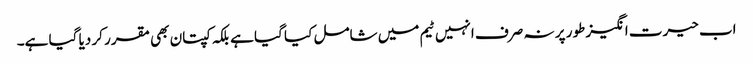
اب حیرت انگیز طور پر نہ صرف انہیں ٹیم میں شامل کیا گیا ہے بلکہ کپتان بھی مقرر کر دیا گیا ہے۔